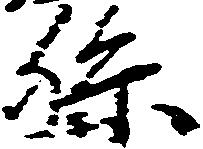
孫